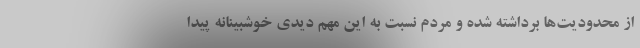
از محدودیت‌ها برداشته شده و مردم نسبت به این مهم دیدی خوشبینانه پیدا